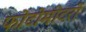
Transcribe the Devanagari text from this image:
फोटोमीटरों